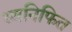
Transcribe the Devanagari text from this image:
ध्वनिफित